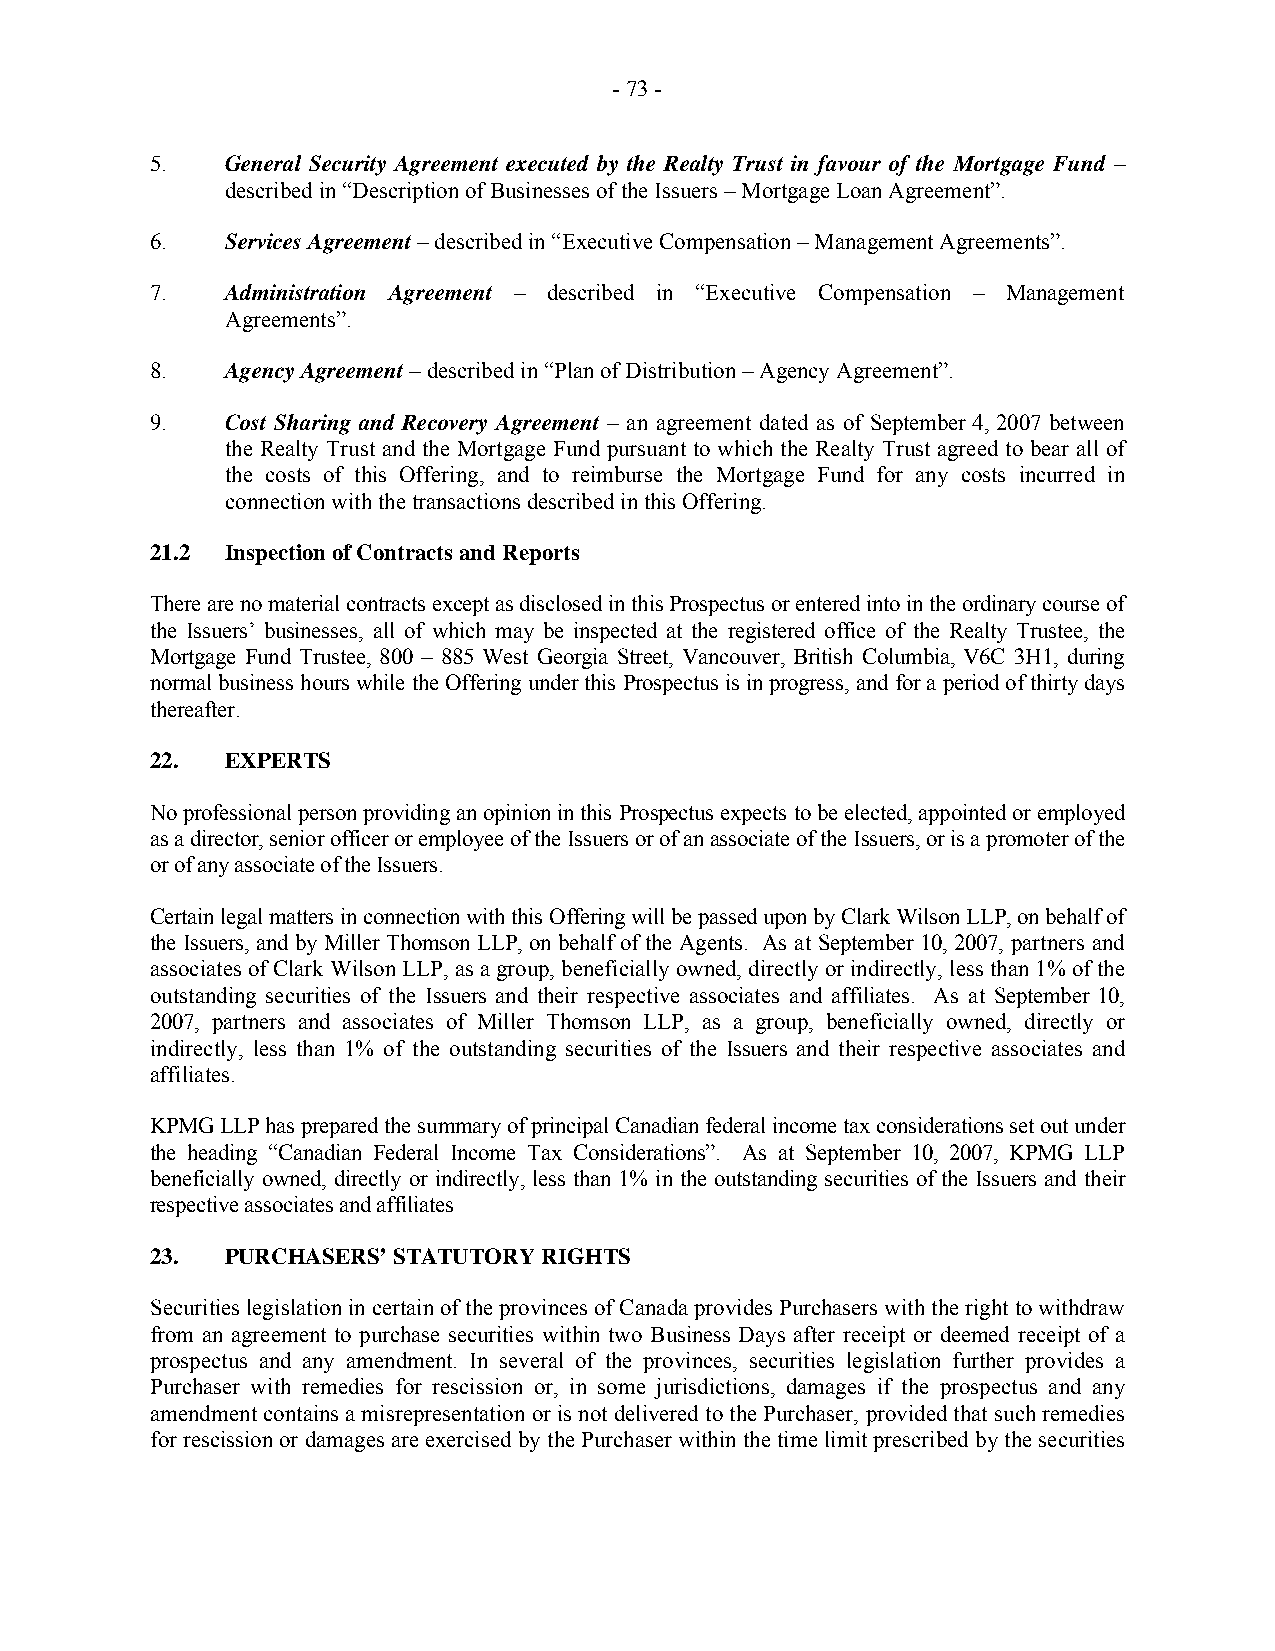
- 73 -
 5.   General Security Agreement executed by the Realty Trust in favour of the Mortgage Fund –
 described in “Description of Businesses of the Issuers – Mortgage Loan Agreement”.
 6.   Services Agreement – described in “Executive Compensation – Management Agreements”.
 7.   Administration Agreement – described in “Executive Compensation – Management
 Agreements”.
 8.   Agency Agreement – described in “Plan of Distribution – Agency Agreement”.
 9.   Cost Sharing and Recovery Agreement – an agreement dated as of September 4, 2007 between
 the Realty Trust and the Mortgage Fund pursuant to which the Realty Trust agreed to bear all of
 the costs of this Offering, and to reimburse the Mortgage Fund for any costs incurred in
 connection with the transactions described in this Offering.
 21.2 Inspection of Contracts and Reports
 There are no material contracts except as disclosed in this Prospectus or entered into in the ordinary course of
 the Issuers’ businesses, all of which may be inspected at the registered office of the Realty Trustee, the
 Mortgage Fund Trustee, 800 – 885 West Georgia Street, Vancouver, British Columbia, V6C 3H1, during
 normal business hours while the Offering under this Prospectus is in progress, and for a period of thirty days
 thereafter.
 22.  EXPERTS
 No professional person providing an opinion in this Prospectus expects to be elected, appointed or employed
 as a director, senior officer or employee of the Issuers or of an associate of the Issuers, or is a promoter of the
 or of any associate of the Issuers.
 Certain legal matters in connection with this Offering will be passed upon by Clark Wilson LLP, on behalf of
 the Issuers, and by Miller Thomson LLP, on behalf of the Agents. As at September 10, 2007, partners and
 associates of Clark Wilson LLP, as a group, beneficially owned, directly or indirectly, less than 1% of the
 outstanding securities of the Issuers and their respective associates and affiliates. As at September 10,
 2007, partners and associates of Miller Thomson LLP, as a group, beneficially owned, directly or
 indirectly, less than 1% of the outstanding securities of the Issuers and their respective associates and
 affiliates.
 KPMG LLP has prepared the summary of principal Canadian federal income tax considerations set out under
 the heading “Canadian Federal Income Tax Considerations”. As at September 10, 2007, KPMG LLP
 beneficially owned, directly or indirectly, less than 1% in the outstanding securities of the Issuers and their
 respective associates and affiliates
 23.  PURCHASERS’ STATUTORY RIGHTS
 Securities legislation in certain of the provinces of Canada provides Purchasers with the right to withdraw
 from an agreement to purchase securities within two Business Days after receipt or deemed receipt of a
 prospectus and any amendment. In several of the provinces, securities legislation further provides a
 Purchaser with remedies for rescission or, in some jurisdictions, damages if the prospectus and any
 amendment contains a misrepresentation or is not delivered to the Purchaser, provided that such remedies
 for rescission or damages are exercised by the Purchaser within the time limit prescribed by the securities